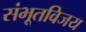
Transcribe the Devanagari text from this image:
संभूतविजय